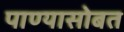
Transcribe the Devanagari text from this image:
पाण्‍यासोबत